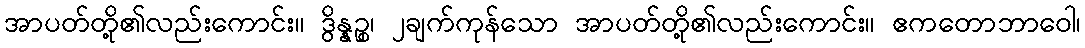
အာပတ်တို့၏လည်းကောင်း။ ဒွိန္နဉ္စ၊ ၂ချက်ကုန်သော အာပတ်တို့၏လည်းကောင်း။ ဧကတောဘာဝေါ၊